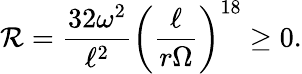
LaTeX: \mathcal{R}=\frac{{32\omega^{2}}}{{\ell^{2}}}\left(\frac{{\ell}}{{r\Omega}}\right)^{18}\ge0.